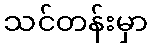
သင်တန်းမှာ